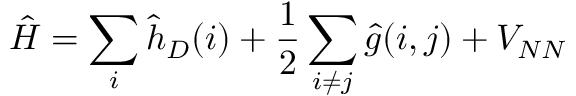
\hat { H } = \sum _ { i } \hat { h } _ { D } ( i ) + \frac { 1 } { 2 } \sum _ { i \neq j } \hat { g } ( i , j ) + V _ { N N }